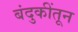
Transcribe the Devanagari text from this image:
बंदुकींतून